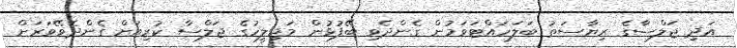
އަދި ޖަލްސާގެ ރިޔާސަތު ބަލަހައްޓަވަމުން ގެންދެވި ބޭފުޅުން މަޖިލީހުގެ ޖަލްސާ ކުރިއަށް ގެންދެވޭވަރަށް